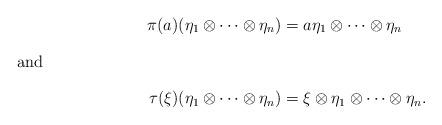
LaTeX: \begin{align*} \pi(a)(\eta_1 \otimes \cdots \otimes \eta_n) &= a \eta_1 \otimes \cdots \otimes \eta_n \\\intertext{and} \tau(\xi)(\eta_1 \otimes \cdots \otimes \eta_n) &= \xi \otimes \eta_1 \otimes \cdots \otimes \eta_n.\end{align*}